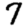
Digit: 7